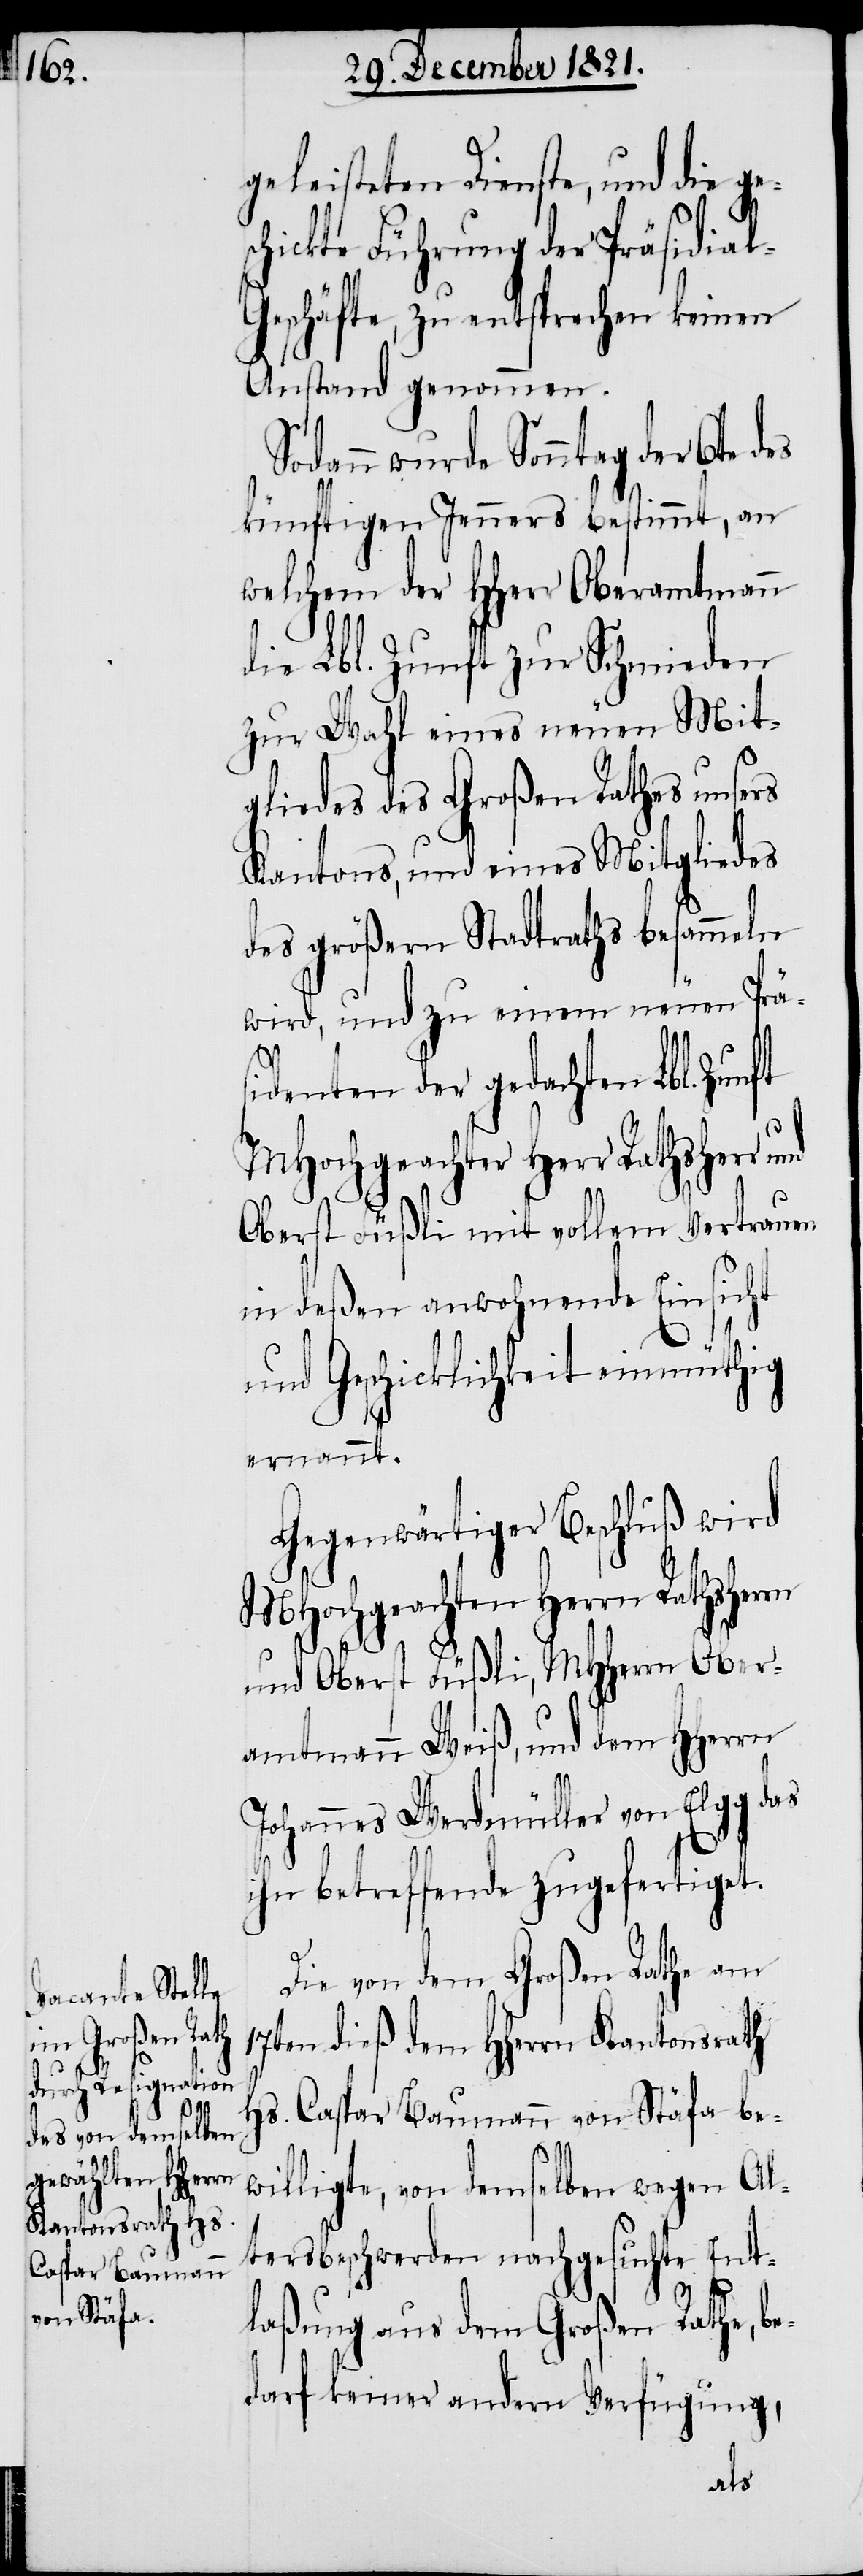
e¬

geleisteten Dienste, und die g¬
schickte Führung der Präsidia¬
eschäfte, zu entsprechen keinen
Anstand genommen.
Sonntag der 6te des
künftigen Jenners bestimmt, an
welchem der HHerr Oberamtmann
die Lbl. Zunft zur Schmieden
zur Wahl eines neuen Mit¬
gliedes des Großen Rathes unsers
Kantons, und eines Mitgliedes
des größern Stadtraths besammeln
wird, und zu einem neuen Präs¬
identen der gedachten Lbl.
MHochgeachter Herr Rathsherr
Oberst Füßli mit vollem Vertrauen
in deßen anwohnende Einsicht
und Geschicklichkeit einmüthig
ernannt.
Gegenwärtiger Beschluß wird
MHochgeachten Herrn Rathsherrn
l-G¬
und Oberst Füßli, MHHerrn Ober¬
amtmann Weiß, und dem HHerrn
Johannes Werdmüller von Elgg das
ihn betreffende zugefertiget.
Die von dem Großen Rathe am
17ten dieß dem HHerrn Kantonsrath
Hs. Caspar Baumann von Stäfa be¬
willigte, von demselben wegen Al¬
tersbeschwerden nachgesuchte Ent¬
laßung aus dem Großen Rathe, be¬
darf keiner andern Verfügung,